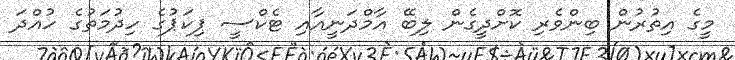
މީގެ އިތުރުން ބިންވެރި ކޮށްދީގެން ލިބޭ އާމްދަނީއާއި ޓެކްސީ ޕިކަޕުގެ ހިދުމަތުގެ ހުއްދަ